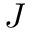
J